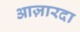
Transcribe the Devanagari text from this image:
आज़ारदा